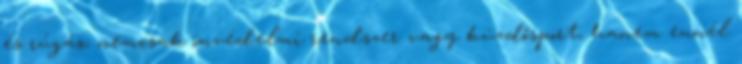
és rúgás, nemcsak önvédelmi rendszer vagy küzdősport, hanem ennél